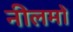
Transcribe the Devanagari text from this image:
नीलमों